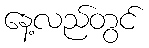
နေ့လည်တွင်